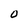
Character: 0